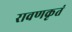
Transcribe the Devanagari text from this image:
रावणकृतं